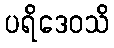
ပရိဒေဝသိ